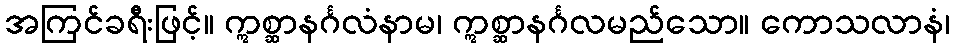
အကြင်ခရီးဖြင့်။ ဣစ္ဆာနင်္ဂလံနာမ၊ ဣစ္ဆာနင်္ဂလမည်သော။ ကောသလာနံ၊